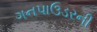
ગનપાઉડરની